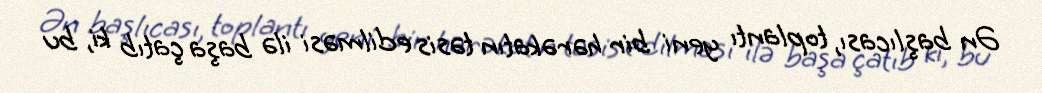
Ən başlıcası, toplantı yeni bir hərəkatın təsis edilməsi ilə başa çatıb ki, bu